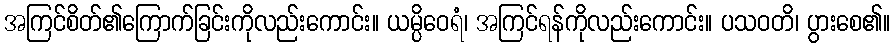
အကြင်စိတ်၏ကြောက်ခြင်းကိုလည်းကောင်း။ ယမ္ပိဝေရံ၊ အကြင်ရန်ကိုလည်းကောင်း။ ပသဝတိ၊ ပွားစေ၏။